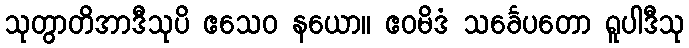
သုတွာတိအာဒီသုပိ ဧသေဝ နယော။ ဧဝမိဒံ သင်္ခေပတော ရူပါဒီသု